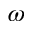
\omega